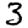
Digit: 3